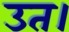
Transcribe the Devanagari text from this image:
उत।